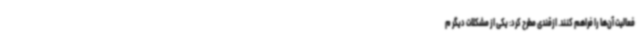
فعالیت آن‌ها را فراهم کنند. ازقندی مطرح کرد: یکی از مشکلات دیگر م